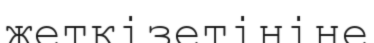
жеткізетініне